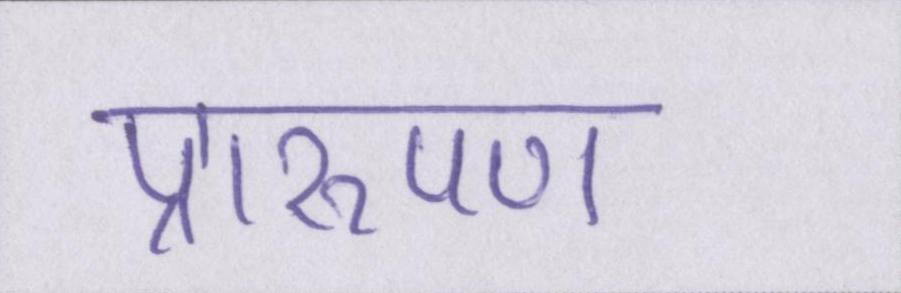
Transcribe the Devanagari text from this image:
प्रारूपण